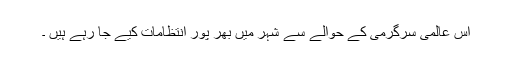
اس عالمی سرگرمی کے حوالے سے شہر میں بھر پور انتظامات کیے جا رہے ہیں ۔